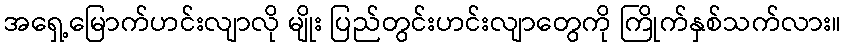
အရှေ့မြောက်ဟင်းလျာလို မျိုး ပြည်တွင်းဟင်းလျာတွေကို ကြိုက်နှစ်သက်လား။